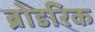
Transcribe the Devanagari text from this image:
ब्रोडरिक